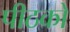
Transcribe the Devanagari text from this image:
पीठको